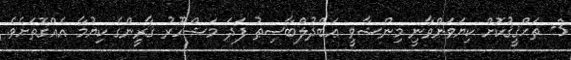
3- ތަޙްޤީޤުކޮށް ކިޔަވަންވާނީ މިންޝާވީ ޢަބްދުލްބާސިޠު ފަދަ މަޝްހޫރު ޤާރީންގެ ކިޔުމާ އެއްގޮތަށެވެ.